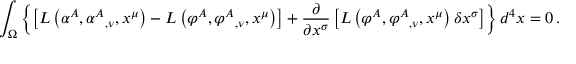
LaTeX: \int _ { \Omega } \left\{ \left[ L \left( \alpha ^ { A } , { \alpha ^ { A } } _ { , \nu } , x ^ { \mu } \right) - L \left( \varphi ^ { A } , { \varphi ^ { A } } _ { , \nu } , x ^ { \mu } \right) \right] + { \frac { \partial } { \partial x ^ { \sigma } } } \left[ L \left( \varphi ^ { A } , { \varphi ^ { A } } _ { , \nu } , x ^ { \mu } \right) \delta x ^ { \sigma } \right] \right\} d ^ { 4 } x = 0 \, .